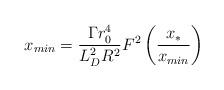
LaTeX: \begin{align*}x_{min}=\frac{\Gamma r_0^4}{L_D^2R^2}F^2\left(\frac{x_{*}}{x_{min}}\right)\end{align*}